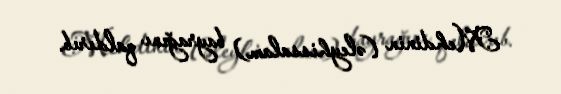
Mehdinin (əleyhissalam) bayrağını qaldırıb.